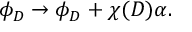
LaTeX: \phi _ { D } \rightarrow \phi _ { D } + \chi ( D ) \alpha .